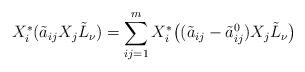
LaTeX: \begin{align*}X^{*}_{i}(\tilde{a}_{ij}X_{j}\tilde{L}_{\nu})=\sum^{m}_{ij=1}X^{*}_{i}\big((\tilde{a}_{ij}-\tilde{a}^{0}_{ij})X_{j}\tilde{L}_{\nu}\big)\end{align*}